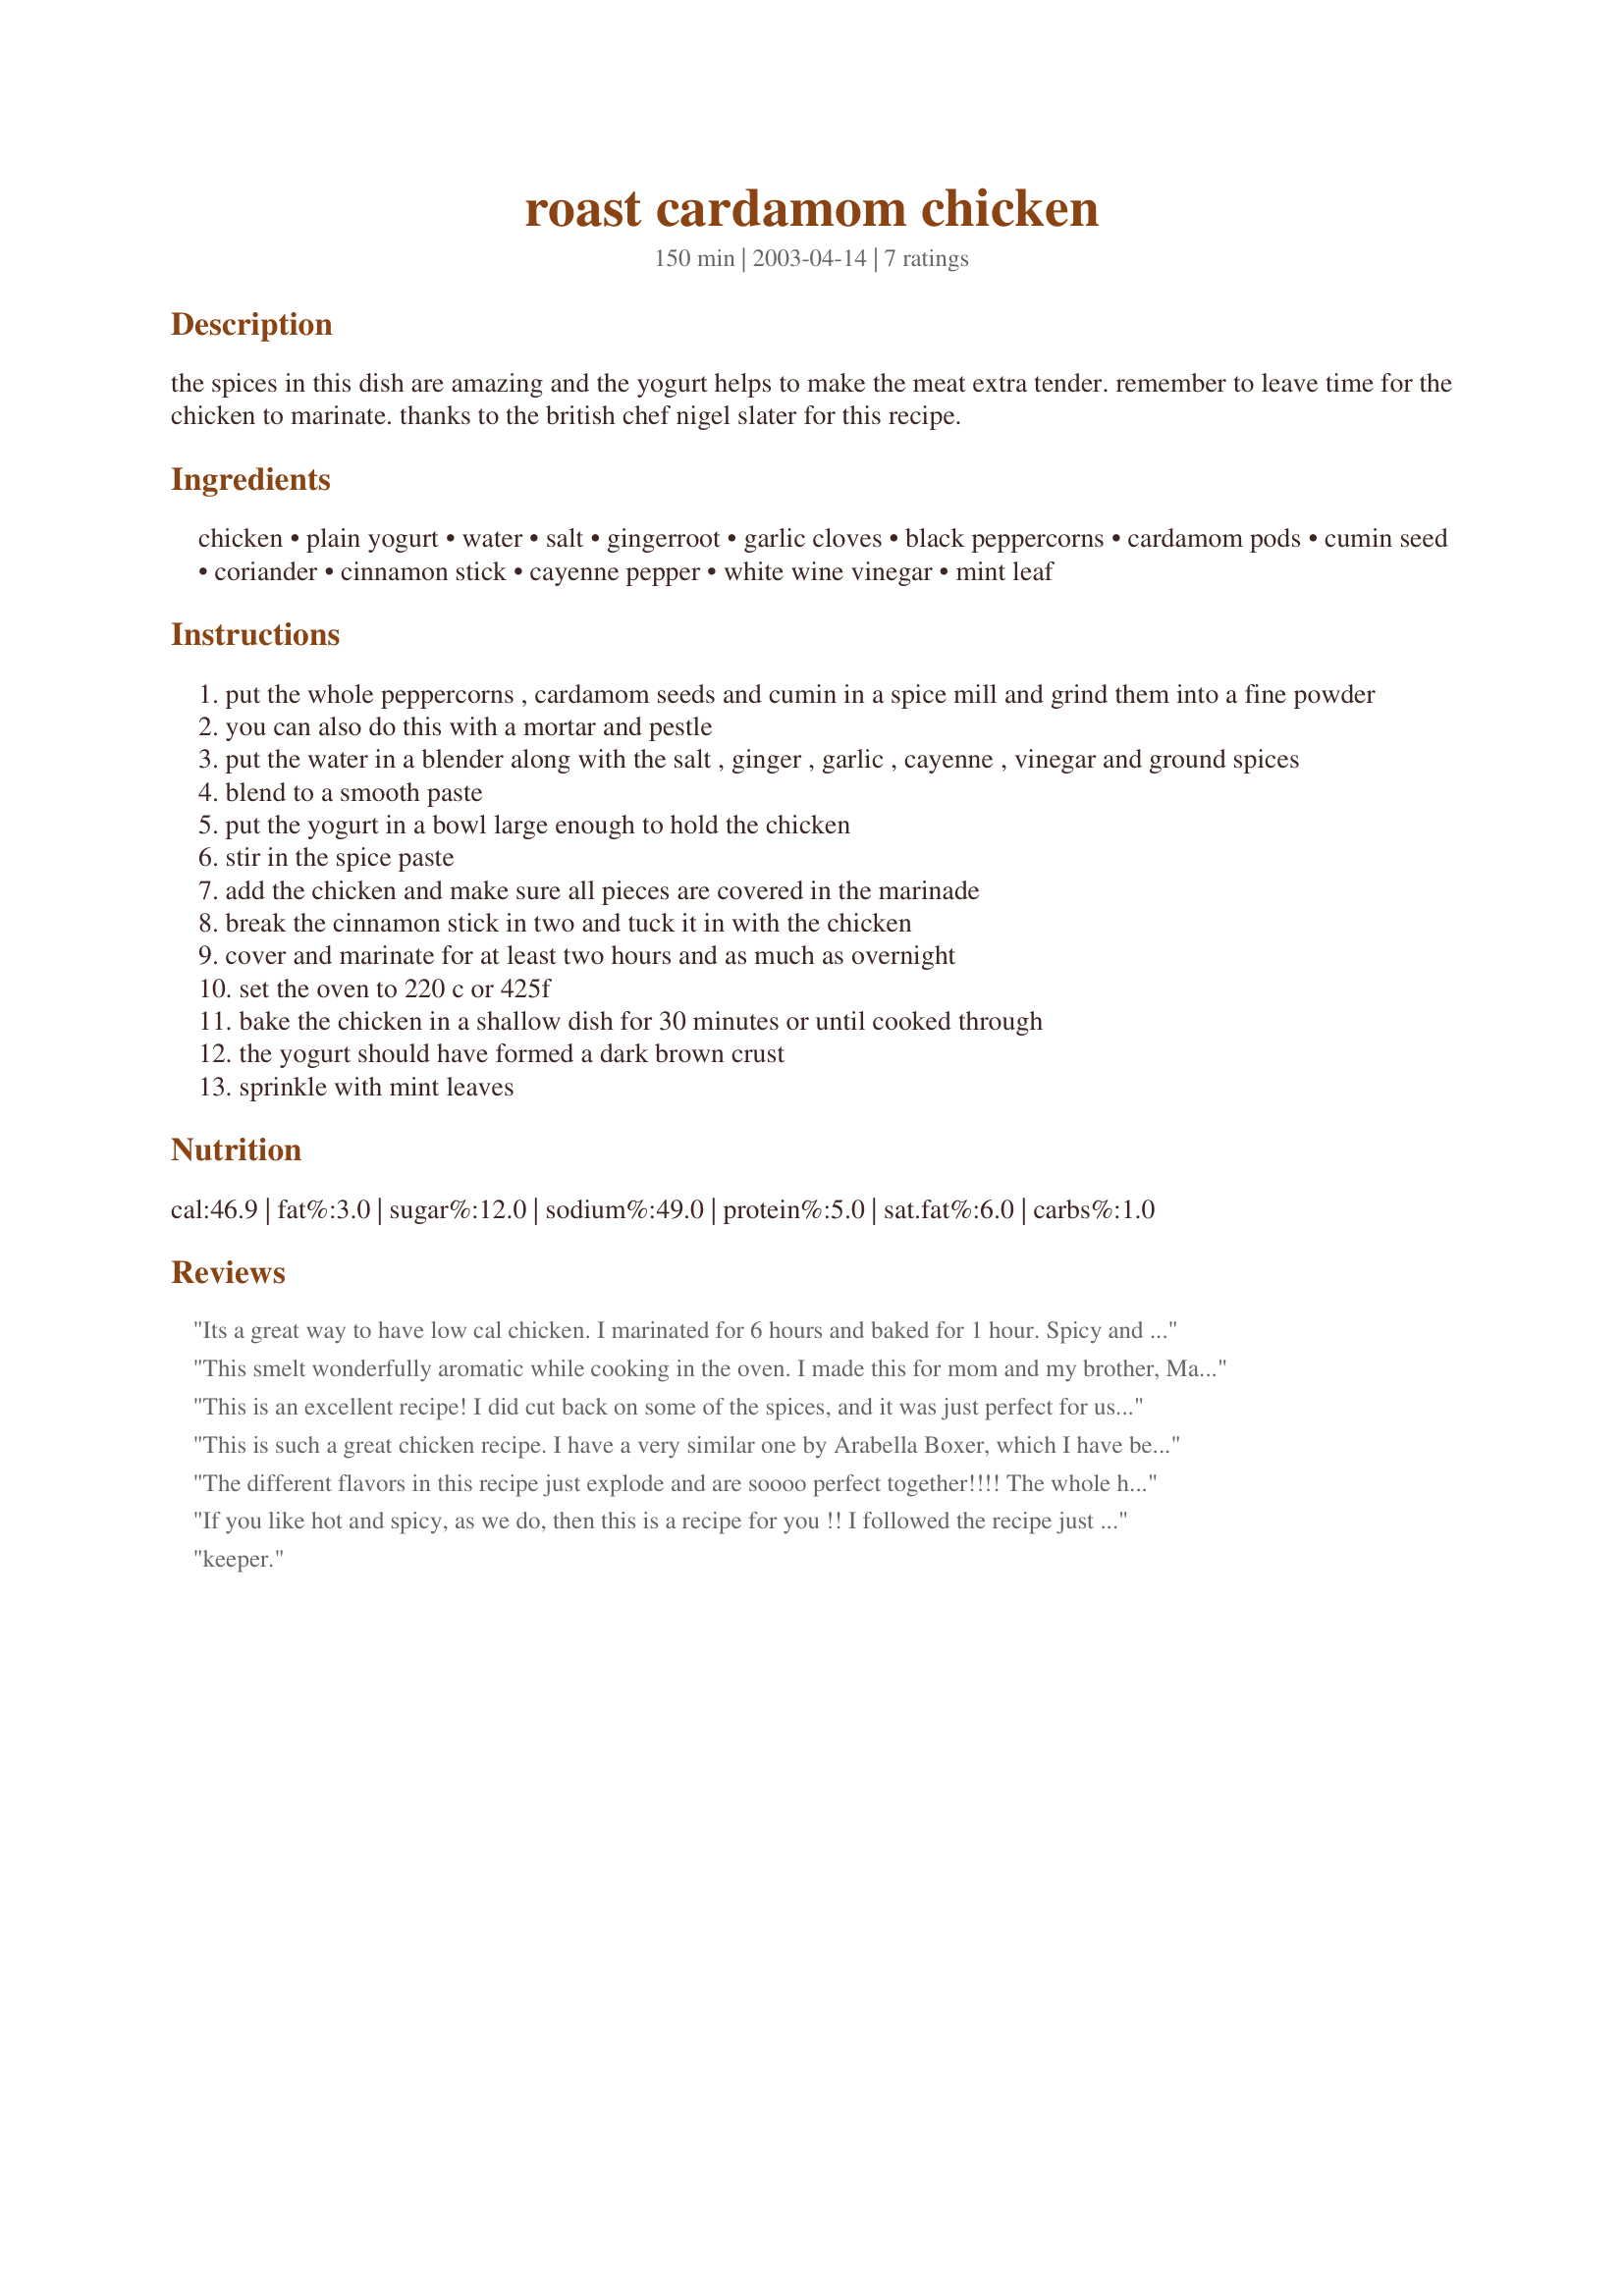
roast cardamom chicken
Preparation time: 150 minutes

the spices in this dish are amazing and the yogurt helps to make the meat extra tender. remember to leave time for the chicken to marinate. thanks to the british chef nigel slater for this recipe.

Ingredients:
chicken, plain yogurt, water, salt, gingerroot, garlic cloves, black peppercorns, cardamom pods, cumin seed, coriander, cinnamon stick, cayenne pepper, white wine vinegar, mint leaf

Steps:
put the whole peppercorns , cardamom seeds and cumin in a spice mill and grind them into a fine powder
you can also do this with a mortar and pestle
put the water in a blender along with the salt , ginger , garlic , cayenne , vinegar and ground spices
blend to a smooth paste
put the yogurt in a bowl large enough to hold the chicken
stir in the spice paste
add the chicken and make sure all pieces are covered in the marinade
break the cinnamon stick in two and tuck it in with the chicken
cover and marinate for at least two hours and as much as overnight
set the oven to 220 c or 425f
bake the chicken in a shallow dish for 30 minutes or until cooked through
the yogurt should have formed a dark brown crust
sprinkle with mint leaves

Reviews:
Its a great way to have low cal chicken. I marinated for 6 hours and baked for 1 hour. Spicy and full of taste.I served with green rice#143499.
We had a very tasty dinner. Thanks, I plan on having it often in the future!
This smelt wonderfully aromatic while cooking in the oven. I made this for mom and my brother, Manav, for lunch in the afternoon today. I used a 1kg200gms. chicken, 1/2 cup low-fat plain yoghurt, 2 tsps. salt, 4 tbsps. water, 2 inch piece of ginger, 8 cloves of garlic, 2 tsps. black pepper, 9 green cardamoms, 2 tsps. corriander seeds, 2 tsps. cumin seeds, 1 cinnamon stick and 2 tsps. white vinegar. This took 45 minutes to cook at 220C in my oven. Thanks for making their lunch special and for a good recipe:)
This is an excellent recipe! I did cut back on some of the spices, and it was just perfect for us! Thanks for posting ..
This is such a great chicken recipe. I have a very similar one by Arabella Boxer, which I have been using for years, the only difference being a teaspoon of turmeric in the marinade, I think she calls it "Summer Chicken". This has to be one of the all-time great chicken recipes.
The different flavors in this recipe just explode and are soooo perfect together!!!! The whole house smelled good for hours! 

I marinated for about 9 hours and was glad I did - the yogurt made for amazingly tender chicken and made a nice crispy coating as well! 

Made a dal to go with as a side dish...they were perfect together!
If you like hot and spicy, as we do, then this is a recipe for you !! I followed the recipe just as posted, marinated 8 hours. In my opinion the cardamom doesn't predominate (as the name of the dish might suggest), the 5 "C" spices simply blend and complement one another resulting in fabulous flavor. Thanks for posting what is a new favorite for us !
keeper.
